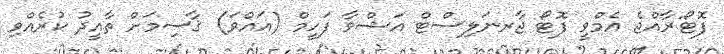
ފޮޓޯ:ރާއްޖެ އެމްވީ ފޮޓޯ ޖާރނަލިސްޓް އަޝްވާ ފަހީމް (އައްވަ) ޤާސިމަށް ތާއީދު ކުރެއްވި